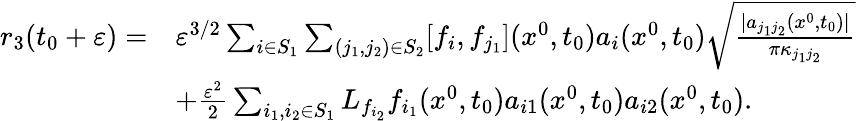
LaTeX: \begin{array}{rl}{r_{3}(t_{0}+\varepsilon)=}&{\varepsilon^{3/2}\sum_{i\in S_{1}}\sum_{{(j_{1},j_{2})\in S_{2}}}[f_{i},f_{j_{1}}](x^{0},t_{0})a_{i}(x^{0},t_{0})\sqrt{\frac{|a_{j_{1}j_{2}}(x^{0},t_{0})|}{\pi\kappa_{j_{1}j_{2}}}}}\\ &{+\frac{\varepsilon^{2}}{2}\sum_{i_{1},i_{2}\in S_{1}}L_{f_{i_{2}}}f_{i_{1}}(x^{0},t_{0})a_{i1}(x^{0},t_{0})a_{i2}(x^{0},t_{0}).}\end{array}